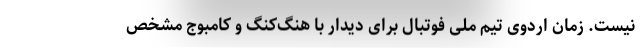
نیست. زمان اردوی تیم ملی فوتبال برای دیدار با هنگ‌کنگ و کامبوج مشخص